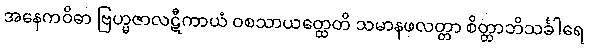
အနေကဝိဓာ ဗြဟ္မဇာလဋီကာယံ ဝစသာယတ္ထေတိ သမာနဖလတ္တာ စိတ္တာဘိသင်္ခါရေ